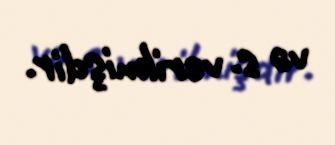
və s. verilmişdir.